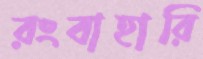
রংবাহারি